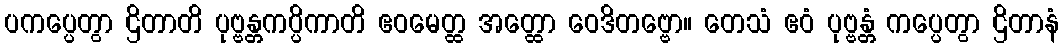
ပကပ္ပေတွာ ဌိတာတိ ပုဗ္ဗန္တကပ္ပိကာတိ ဧဝမေတ္ထ အတ္ထော ဝေဒိတဗ္ဗော။ တေသံ ဧဝံ ပုဗ္ဗန္တံ ကပ္ပေတွာ ဌိတာနံ